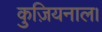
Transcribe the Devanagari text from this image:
कुज़ियनाल।